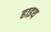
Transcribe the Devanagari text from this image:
हाइथ